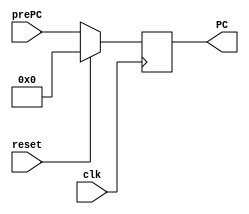
`timescale 1ns / 1ps

module PC #(parameter WIDTH = 8)
(
input clk,reset,
input [WIDTH-1:0]prePC,
output reg [WIDTH-1:0]PC
);

always@(posedge clk)
	begin
		if(reset) PC <= 0;
		else PC <= prePC;
	end

endmodule